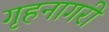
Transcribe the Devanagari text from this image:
गृहनागरी